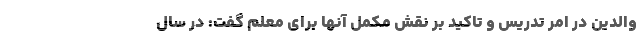
والدین در امر تدریس و تاکید بر نقش مکمل آنها برای معلم گفت: در سال